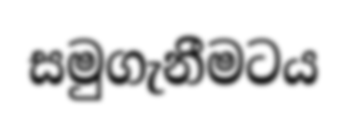
සමුගැනීමටය